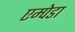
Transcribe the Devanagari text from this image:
एम्पेडा